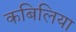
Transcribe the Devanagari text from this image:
कबिलिया